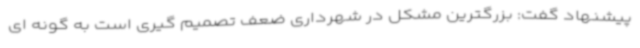
پیشنهاد گفت: بزرگترین مشکل در شهرداری ضعف تصمیم گیری است به گونه ای